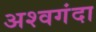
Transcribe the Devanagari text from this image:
अश्वगंदा